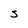
Character: S